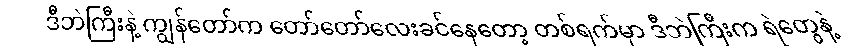
ဒီဘဲကြီးနဲ့ ကျွန်တော်က တော်တော်လေးခင်နေတော့ တစ်ရက်မှာ ဒီဘဲကြီးက ရဲတွေနဲ့